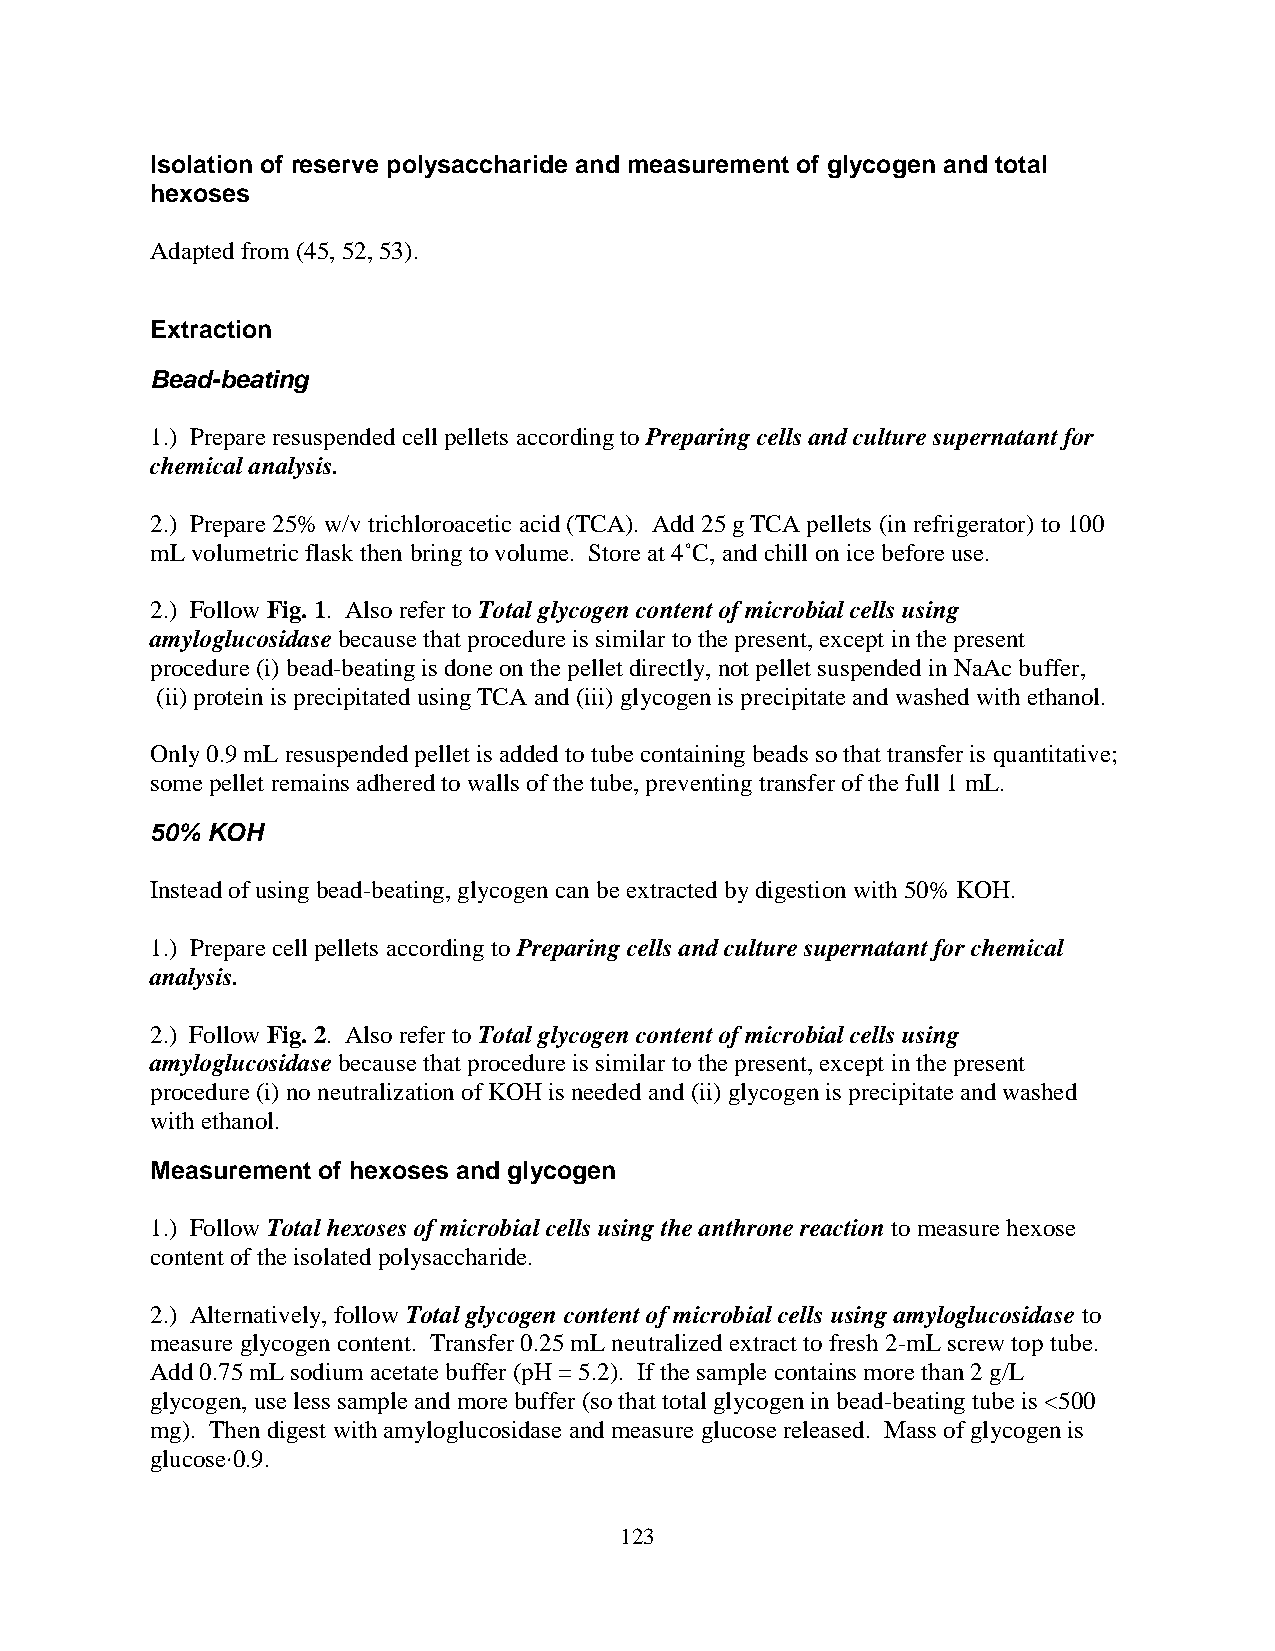
Isolation of reserve polysaccharide and measurement of glycogen and total
 hexoses
 Adapted from (45, 52, 53).
 Extraction
 Bead-beating
 1.) Prepare resuspended cell pellets according to Preparing cells and culture supernatant for
 chemical analysis.
 2.) Prepare 25% w/v trichloroacetic acid (TCA). Add 25 g TCA pellets (in refrigerator) to 100
 mL volumetric flask then bring to volume. Store at 4˚C, and chill on ice before use.
 2.) Follow Fig. 1. Also refer to Total glycogen content of microbial cells using
 amyloglucosidase because that procedure is similar to the present, except in the present
 procedure (i) bead-beating is done on the pellet directly, not pellet suspended in NaAc buffer,
 (ii) protein is precipitated using TCA and (iii) glycogen is precipitate and washed with ethanol.
 Only 0.9 mL resuspended pellet is added to tube containing beads so that transfer is quantitative;
 some pellet remains adhered to walls of the tube, preventing transfer of the full 1 mL.
 50% KOH
 Instead of using bead-beating, glycogen can be extracted by digestion with 50% KOH.
 1.) Prepare cell pellets according to Preparing cells and culture supernatant for chemical
 analysis.
 2.) Follow Fig. 2. Also refer to Total glycogen content of microbial cells using
 amyloglucosidase because that procedure is similar to the present, except in the present
 procedure (i) no neutralization of KOH is needed and (ii) glycogen is precipitate and washed
 with ethanol.
 Measurement of hexoses and glycogen
 1.) Follow Total hexoses of microbial cells using the anthrone reaction to measure hexose
 content of the isolated polysaccharide.
 2.) Alternatively, follow Total glycogen content of microbial cells using amyloglucosidase to
 measure glycogen content. Transfer 0.25 mL neutralized extract to fresh 2-mL screw top tube.
 Add 0.75 mL sodium acetate buffer (pH = 5.2). If the sample contains more than 2 g/L
 glycogen, use less sample and more buffer (so that total glycogen in bead-beating tube is <500
 mg). Then digest with amyloglucosidase and measure glucose released. Mass of glycogen is
 glucose·0.9.
 123